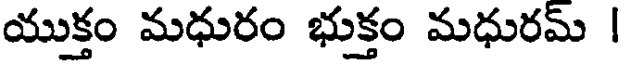
యుక్తం మధురం భుక్తం మధురమ్ |